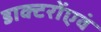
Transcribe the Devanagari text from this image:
डाक्टरोंएवं